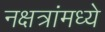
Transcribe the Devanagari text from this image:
नक्षत्रांमध्ये